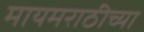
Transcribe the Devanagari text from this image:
मायमराठीच्या